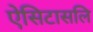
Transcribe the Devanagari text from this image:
ऐसिटासलि